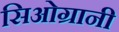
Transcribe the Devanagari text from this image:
सिओग्रानी